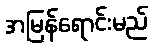
အမြန်ရောင်းမည်